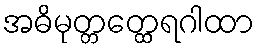
အဓိမုတ္တတ္ထေရဂါထာ